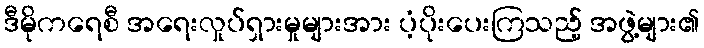
ဒီမိုကရေစီ အရေးလှုပ်ရှားမှုများအား ပံ့ပိုးပေးကြသည့် အဖွဲ့များ၏